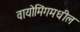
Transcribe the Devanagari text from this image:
वायोमिंगमधील